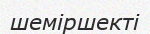
шеміршекті